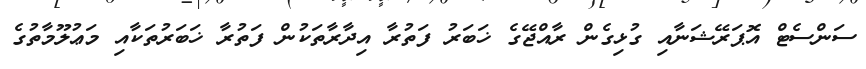
ސަންސެޓް އޮޕަރޭޝަނާއި ގުޅިގެން ރާއްޖޭގެ ޚަބަރު ފަތުރާ އިދާރާތަކުން ފަތުރާ ޚަބަރުތަކާއި މަޢުލޫމާތުގެ